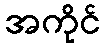
အကိုင်